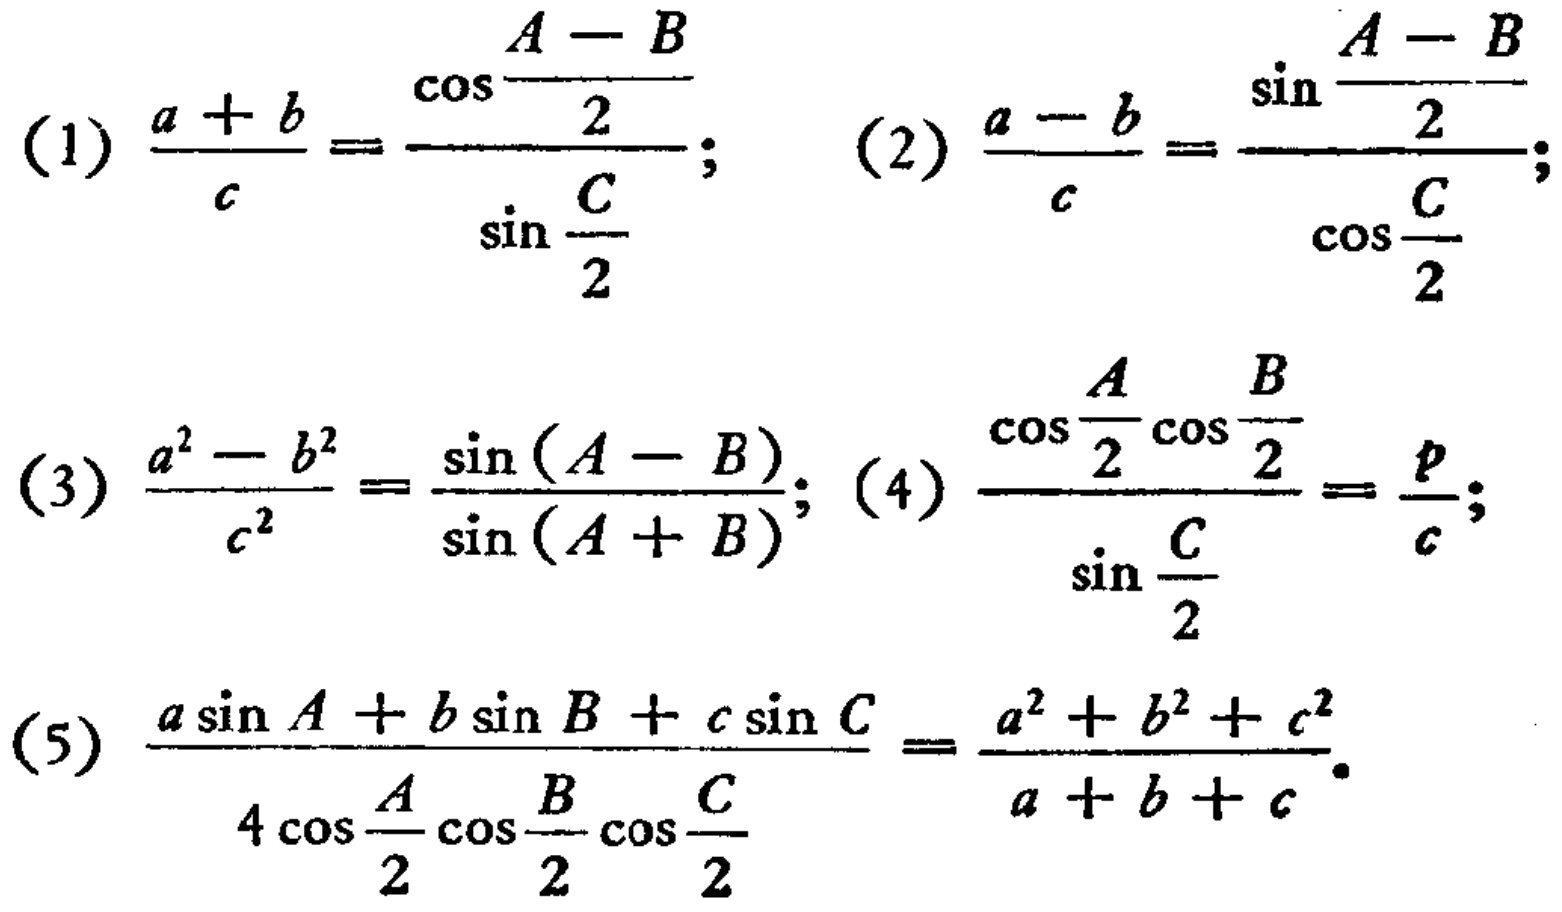
(1) \(\frac{a + b}{c}=\frac{\cos\frac{A - B}{2}}{\sin\frac{C}{2}}\); (2) \(\frac{a - b}{c}=\frac{\sin\frac{A - B}{2}}{\cos\frac{C}{2}}\);
(3) \(\frac{a^{2}-b^{2}}{c^{2}}=\frac{\sin(A - B)}{\sin(A + B)}\); (4) \(\frac{\cos\frac{A}{2}\cos\frac{B}{2}}{\sin\frac{C}{2}}=\frac{p}{c}\);
(5) \(\frac{a\sin A + b\sin B + c\sin C}{4\cos\frac{A}{2}\cos\frac{B}{2}\cos\frac{C}{2}}=\frac{a^{2}+b^{2}+c^{2}}{a + b + c}\)